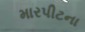
મારપીટના